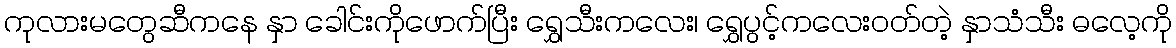
ကုလားမတွေဆီကနေ နှာ ခေါင်းကိုဖောက်ပြီး ရွှေသီးကလေး၊ ရွှေပွင့်ကလေးဝတ်တဲ့ နှာသံသီး ဓလေ့ကို